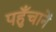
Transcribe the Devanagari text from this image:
पहुँचानें